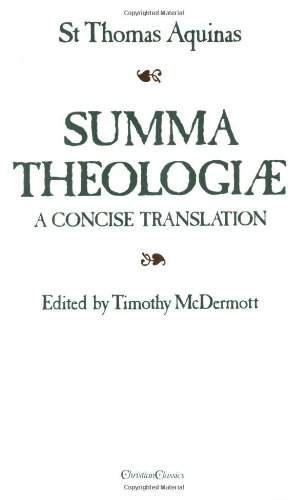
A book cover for Summa Theologiae: A Concise Translation; Thomas Aquinas; Politics & Social Sciences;